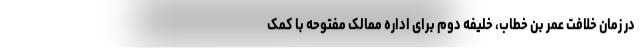
در زمان خلافت عمر بن خطاب، خلیفه دوم برای اداره ممالک مفتوحه با کمک